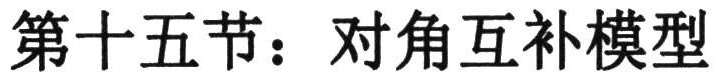
第十五节：对角互补模型